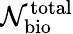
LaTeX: \mathcal{N}_{\mathrm{bio}}^{\mathrm{total}}